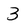
Character: 3